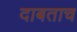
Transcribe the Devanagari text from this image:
दाबताच